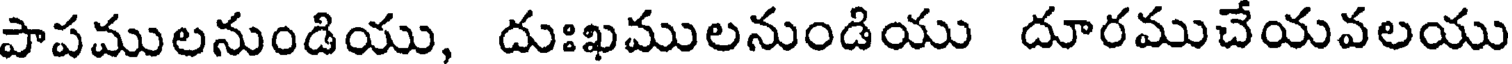
పాపములనుండియు, దుఃఖములనుండియు దూరముచేయవలయు